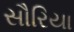
સૌરિયા